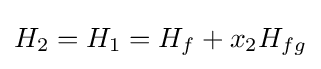
H_{2}=H_{1}=H_{f}+x_{2}H_{fg}